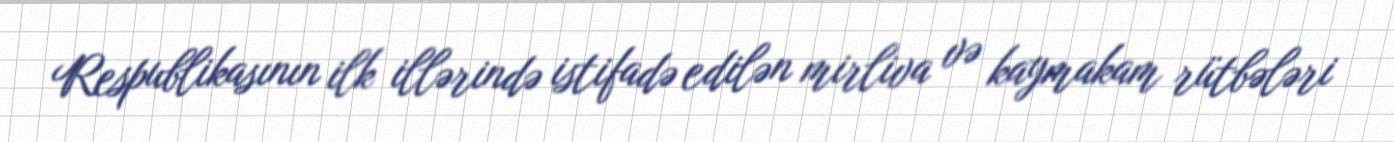
Respublikasının ilk illərində istifadə edilən mirliva və kaymakam rütbələri